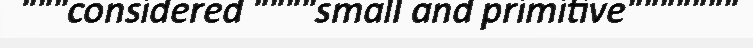
"""considered """"small and primitive"""""""